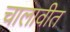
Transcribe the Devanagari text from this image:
चालावीत